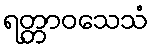
ရတ္တာဝသေသံ